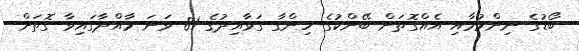
ބޯޑުގެ ނިންމުމާއި އެއްގޮތަށް ބޭންކުގެ ހިންގާ ގަވާއިދުގެ 81 ވަނަ މާއްދާގައިވާ ގޮތަށް